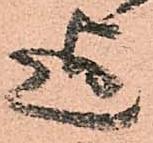
迄